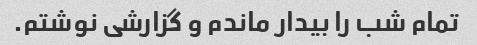
تمام شب را بیدار ماندم و گزارشی نوشتم.